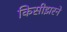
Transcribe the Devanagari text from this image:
किसीझरने